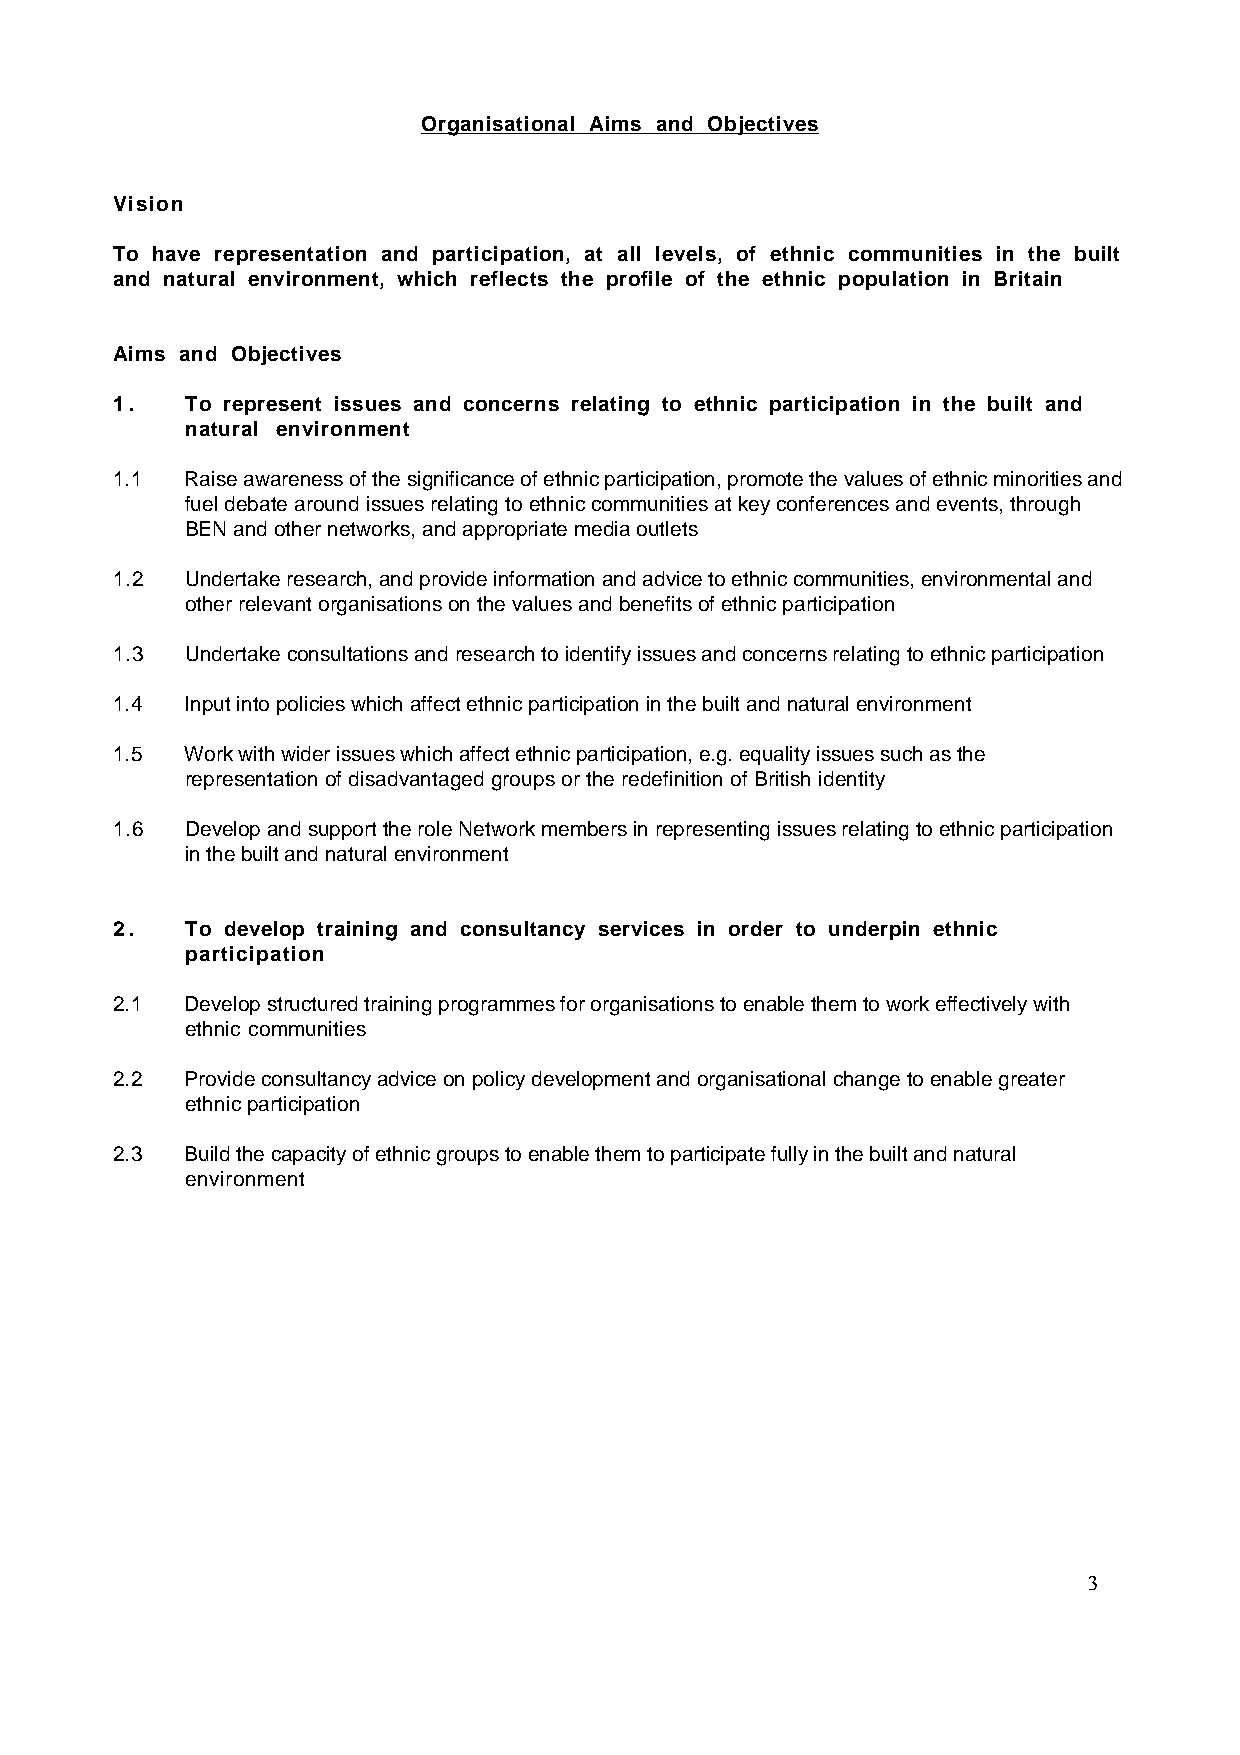
Organisational Aims and Objectives
 Vision
 To have representation and participation, at all levels, of ethnic communities in the built
 and natural environment, which reflects the profile of the ethnic population in Britain
 Aims and Objectives
 1.   To represent issues and concerns relating to ethnic participation in the built and
 natural environment
 1.1  Raise awareness of the significance of ethnic participation, promote the values of ethnic minorities and
 fuel debate around issues relating to ethnic communities at key conferences and events, through
 BEN and other networks, and appropriate media outlets
 1.2  Undertake research, and provide information and advice to ethnic communities, environmental and
 other relevant organisations on the values and benefits of ethnic participation
 1.3  Undertake consultations and research to identify issues and concerns relating to ethnic participation
 1.4  Input into policies which affect ethnic participation in the built and natural environment
 1.5  Work with wider issues which affect ethnic participation, e.g. equality issues such as the
 representation of disadvantaged groups or the redefinition of British identity
 1.6  Develop and support the role Network members in representing issues relating to ethnic participation
 in the built and natural environment
 2.   To develop training and consultancy services in order to underpin ethnic
 participation
 2.1  Develop structured training programmes for organisations to enable them to work effectively with
 ethnic communities
 2.2  Provide consultancy advice on policy development and organisational change to enable greater
 ethnic participation
 2.3  Build the capacity of ethnic groups to enable them to participate fully in the built and natural
 environment
 3